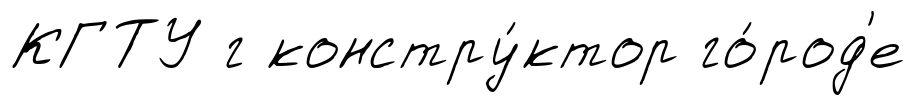
КГТУ г констру́ктор го́род'е